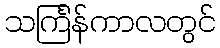
သင်္ကြန်ကာလတွင်